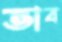
ভাব